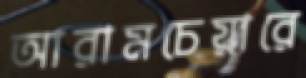
আরামচেয়ারে